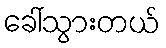
ခေါ်သွားတယ်